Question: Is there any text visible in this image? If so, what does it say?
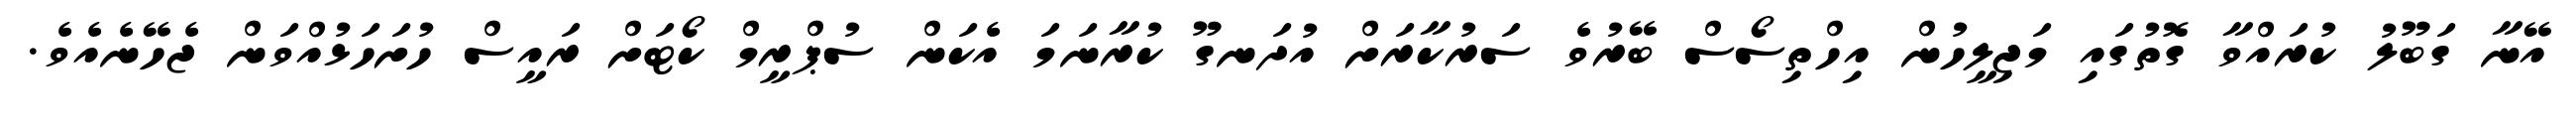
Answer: އޭނާ ގަބޫލު ކުރައްވާ ގޮތުގައި މަޖިލީހުން އިހްތިސޯސް ބޭރުވެ ސަރުކާރަށް އުދަނގޫ ކުރާނަމަ އެކަން ސުޕްރީމް ކޯޓަށް ރައީސް ހުށަހަޅުއްވަން ޖެހޭނެއެވެ.